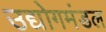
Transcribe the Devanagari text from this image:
उद्योगमंडल